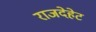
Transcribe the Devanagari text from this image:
राजदेहेट